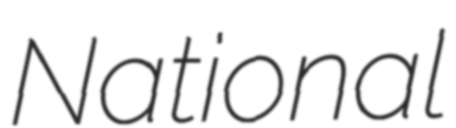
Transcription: National